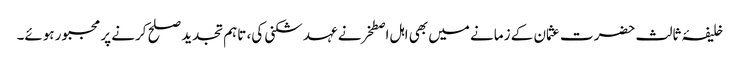
خلیفۂ ثالث حضرت عثمان کے زمانے میں بھی اہل اصطخرنے عہد شکنی کی، تاہم تجدید صلح کرنے پر مجبور ہوئے۔